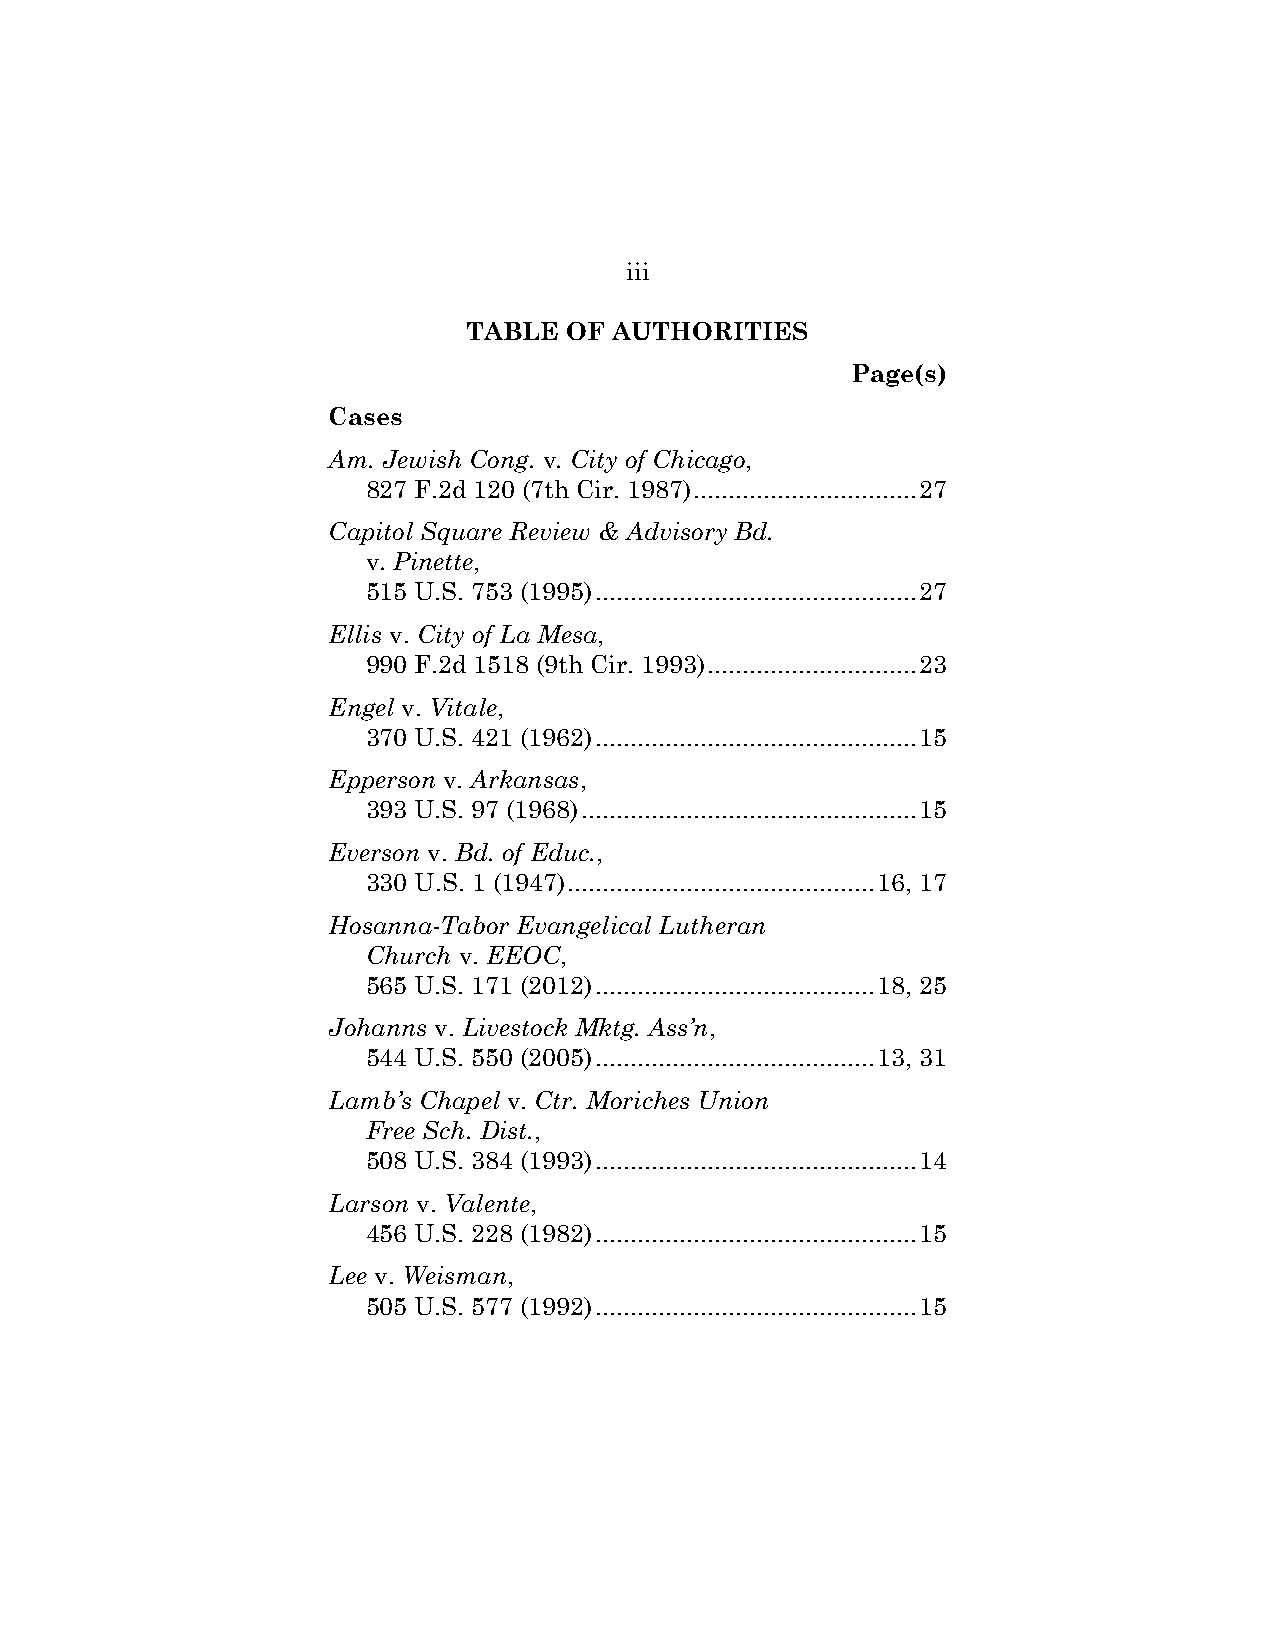
iii
 TABLE  OF AUTHORITIES
 Page(s)
 Cases
 Am. Jewish Cong. v. City of Chicago,
 827 F.2d 120 (7th Cir. 1987) ................................ 27
 Capitol Square Review & Advisory Bd.
 v. Pinette,
 515 U.S. 753 (1995) .............................................. 27
 Ellis v. City of La Mesa,
 990 F.2d 1518 (9th Cir. 1993) .............................. 23
 Engel v. Vitale,
 370 U.S. 421 (1962) .............................................. 15
 Epperson v. Arkansas,
 393 U.S. 97 (1968) ................................................ 15
 Everson v. Bd. of Educ.,
 330 U.S. 1 (1947) ............................................ 16, 17
 Hosanna-Tabor Evangelical Lutheran
 Church v. EEOC,
 565 U.S. 171 (2012) ........................................ 18, 25
 Johanns v. Livestock Mktg. Ass’n,
 544 U.S. 550 (2005) ........................................ 13, 31
 Lamb’s Chapel v. Ctr. Moriches Union
 Free Sch. Dist.,
 508 U.S. 384 (1993) .............................................. 14
 Larson v. Valente,
 456 U.S. 228 (1982) .............................................. 15
 Lee v. Weisman,
 505 U.S. 577 (1992) .............................................. 15